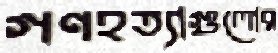
গণহত্যাগুলোর